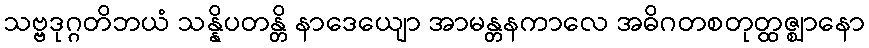
သဗ္ဗဒုဂ္ဂတိဘယံ သန္နိပတန္တိ နာဒေယျော အာမန္တနကာလေ အဓိဂတစတုတ္ထဇ္ဈာနော